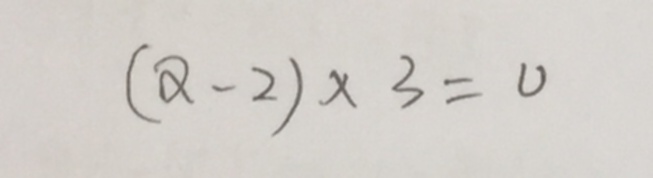
( 2 - 2 ) \times 3 = 0